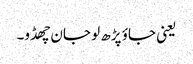
یعنی جاؤ پڑھ لو جان چھڈو۔